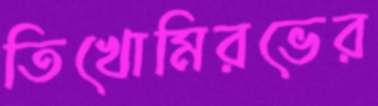
তিখোমিরভের